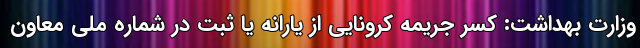
وزارت بهداشت: کسر جریمه کرونایی از یارانه یا ثبت در شماره ملی معاون